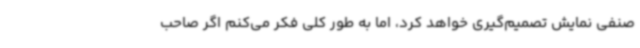
صنفی نمایش تصمیم‌گیری خواهد کرد، اما به طور کلی فکر می‌کنم اگر صاحب